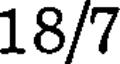
18/7